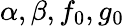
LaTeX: \alpha,\beta,f_{0},g_{0}